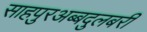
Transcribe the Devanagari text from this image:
साहपुरअब्बदुलबरी